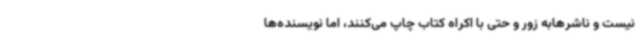
نیست و ناشرهابه زور و حتی با اکراه کتاب چاپ می‌کنند، اما نویسنده‌ها